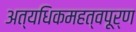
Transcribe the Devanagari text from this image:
अत्यधिकमहत्वपूर्ण